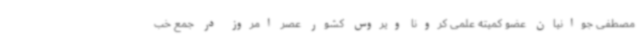
مصطفی جوانیان عضو کمیته علمی کرونا ویروس کشور عصر امروز در جمع خب